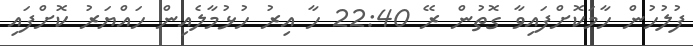
ފުލުހުން ހާމަކޮށްފައިވާ ގޮތުން ރޭ 22:40 ހާ އިރު ހުޅުމާލެއިން ހައްޔަރު ކޮށްފައި